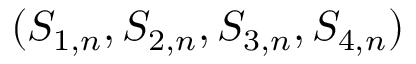
( S _ { 1 , n } , S _ { 2 , n } , S _ { 3 , n } , S _ { 4 , n } )